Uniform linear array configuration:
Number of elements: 24
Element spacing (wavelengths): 0.5
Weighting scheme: blackman
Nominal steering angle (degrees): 0
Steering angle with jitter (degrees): -0.06954
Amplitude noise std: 0.05
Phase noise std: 0.05

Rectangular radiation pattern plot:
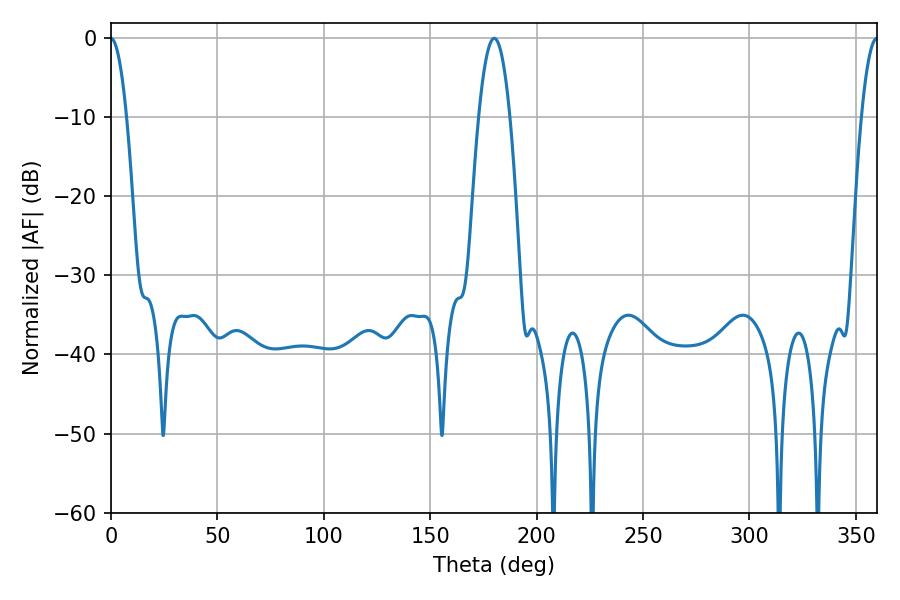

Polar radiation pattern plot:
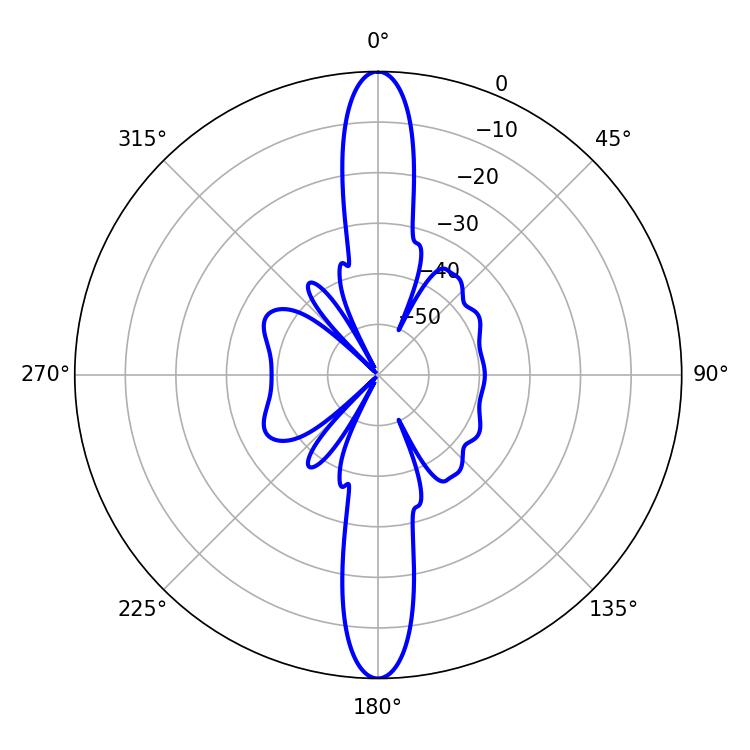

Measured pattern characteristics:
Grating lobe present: FALSE
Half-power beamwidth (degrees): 4.14
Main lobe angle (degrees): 360